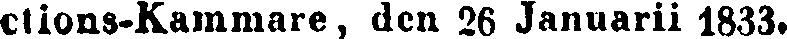
ctions-Kammare, den 26 Januarii 1833.